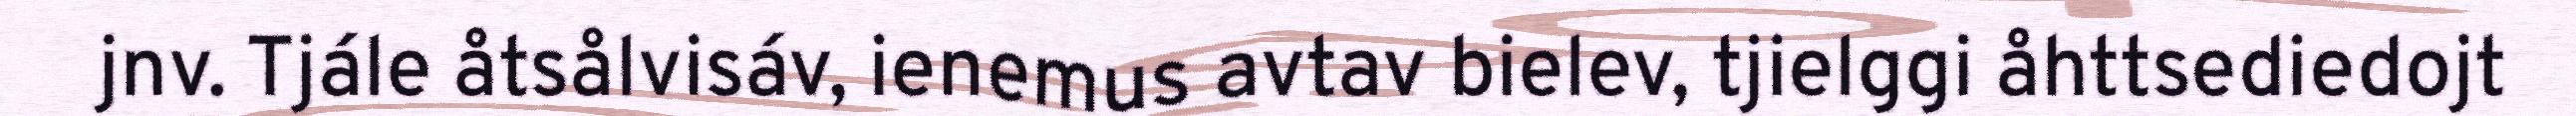
jnv. Tjále åtsålvisáv, ienemus avtav bielev, tjielggi åhttsediedojt